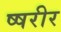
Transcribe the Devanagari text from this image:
ष्षरीर